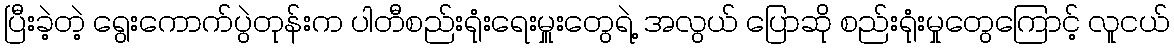
ပြီးခဲ့တဲ့ ရွေးကောက်ပွဲတုန်းက ပါတီစည်းရုံးရေးမှူးတွေရဲ့ အလွယ် ပြောဆို စည်းရုံးမှုတွေကြောင့် လူငယ်